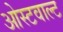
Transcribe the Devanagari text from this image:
ओस्टवाल्ट